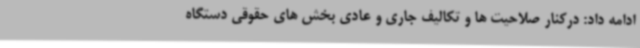
ادامه داد: درکنار صلاحیت ها و تکالیف جاری و عادی بخش های حقوقی دستگاه